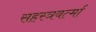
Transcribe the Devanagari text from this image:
सहस्‍त्रवर्त्‍मा